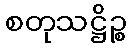
စတုသဋ္ဌိဉ္စ